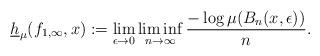
LaTeX: \begin{align*}\underline{h}_{\mu}(f_{1,\infty},x):=\lim_{\epsilon\to 0}\liminf_{n\to\infty}\dfrac{-\log\mu(B_{n}(x,\epsilon))}{n}.\end{align*}